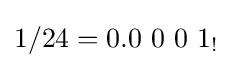
1/24=0.0\ 0\ 0\ 1_{!}